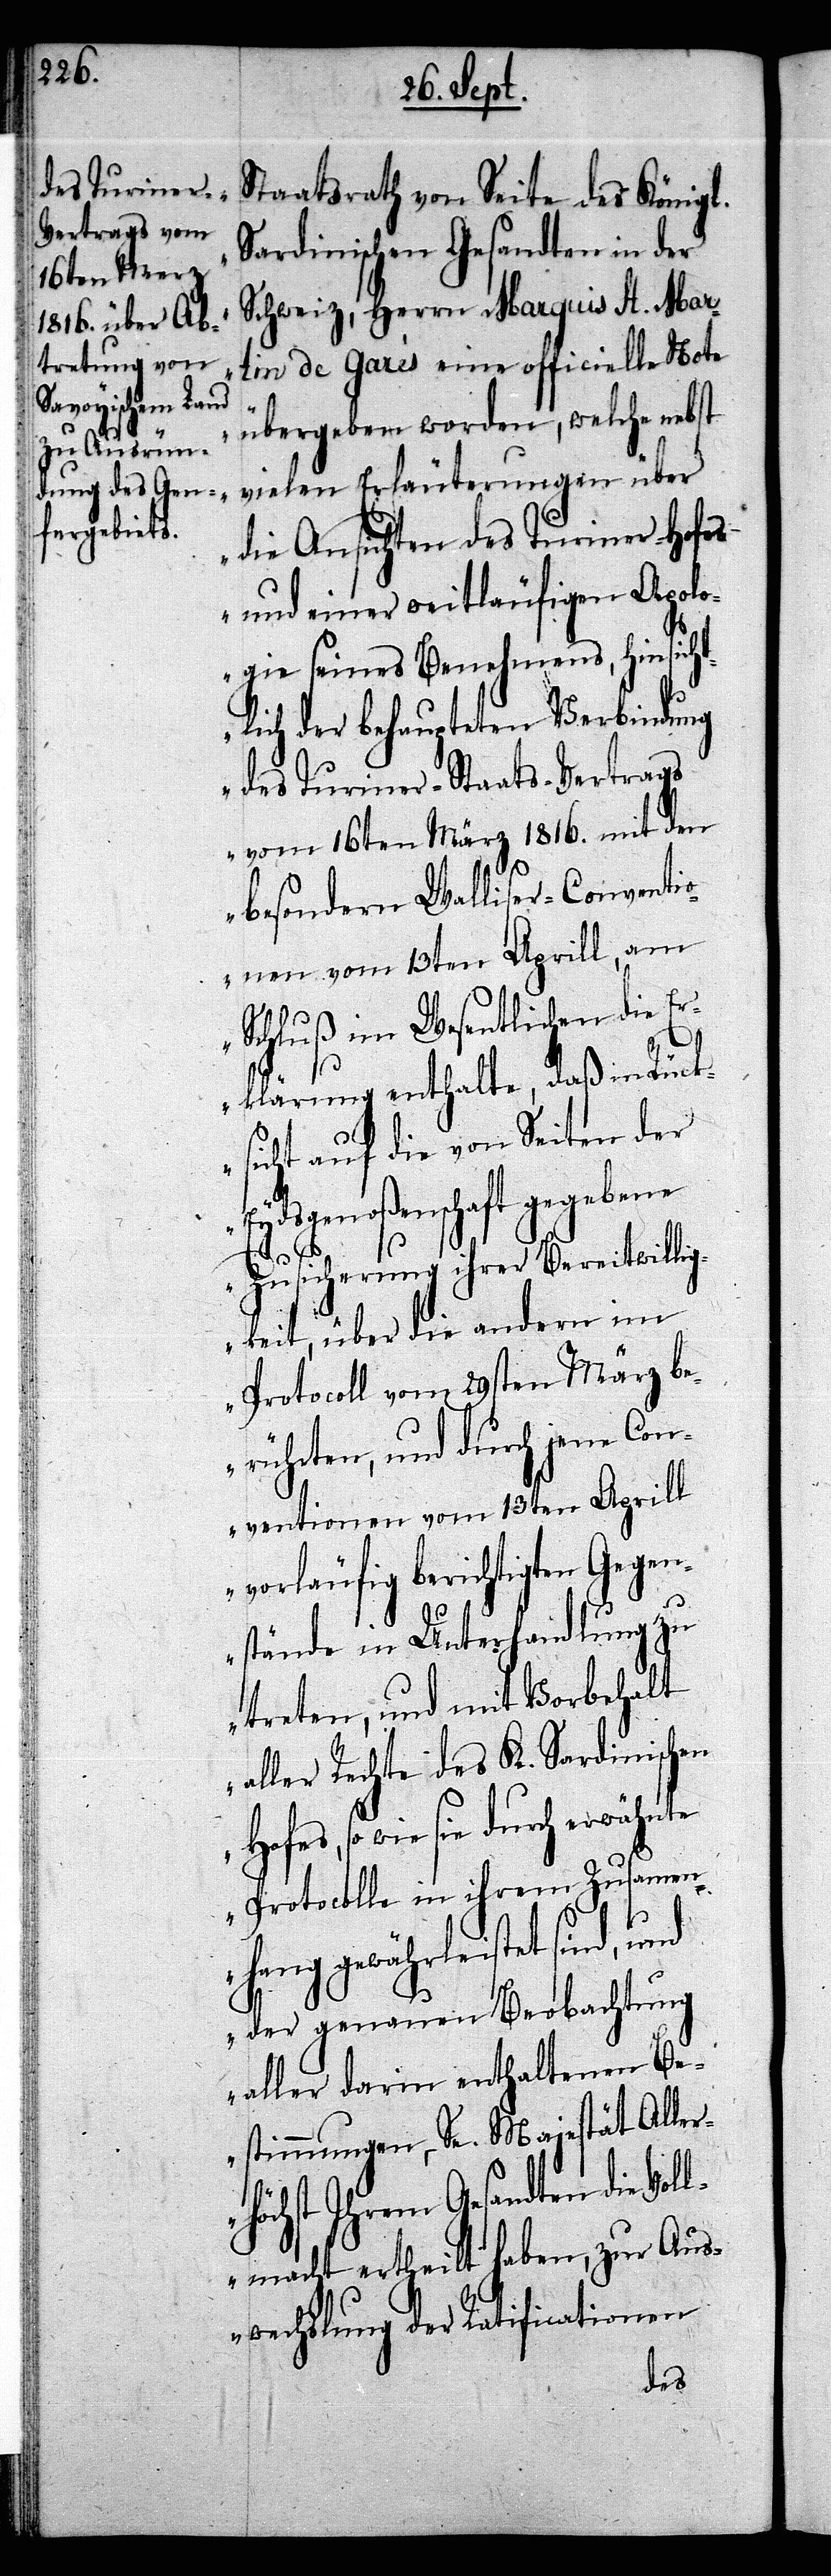
Staatsrath von Seite des Königl.
Sardinischen Gesandten in der
Schweiz, Herrn Marquis H. Mar¬
tin de Garès eine officielle Note
übergeben worden, welche nebst
vielen Erläuterungen über
die Ansichten des Turiner-Hofes
und einer weitläufigen Apolo¬
gie seines Benehmens, hinsicht¬
lich der behaupteten Verbindung
des Turiner-Staats-Vertrags
vom 16ten März 1816. mit den
besondern Walliser-Conventio¬
nen vom 13ten Aprill, am
Schluß im Wesentlichen die E¬
rklärung enthalte, daß in Rück¬
sicht auf die von Seiten der
Eydsgenoßenschaft gegebenen
Zusicherung ihrer Bereitwillig¬
keit, über die andern im
Protocoll vom 29sten März be¬
rührten, und durch jene Con¬
ventionen vom 13ten Aprill
vorläufig berichtigten Gegen¬
stände in Unterhandlung zu
treten, und mit Vorbehalt
aller Rechte des K. Sardinischen
Hofes, so wie sie durch erwähnte
Protocolle in ihrem Zusammen¬
hang gewährleistet sind,
der genauen Beobachtung
aller darin enthaltenen Be¬
stimmungen, – Se. Majestät Aller¬
höchst Ihrem Gesandten die Vol¬
lmacht ertheilt haben, zur Aus¬
wechslung der Ratificationen